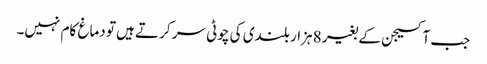
جب آکسیجن کے بغیر 8 ہزار بلندی کی چوٹی سر کرتے ہیں تو دماغ کام نہیں۔